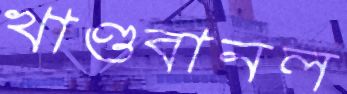
খাণ্ডবানল